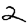
Digit: 2